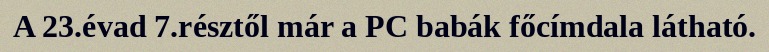
A 23.évad 7.résztől már a PC babák főcímdala látható.